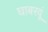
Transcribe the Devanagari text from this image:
घाबरवूं